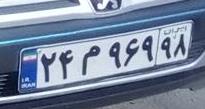
۲۴م۹۶۹۹۸